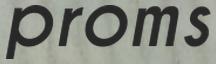
proms